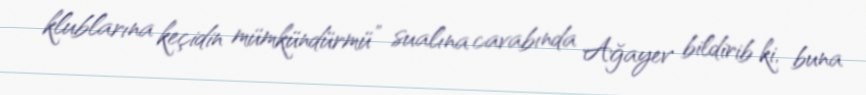
klublarına keçidin mümkündürmü” sualına cavabında Ağayev bildirib ki, buna